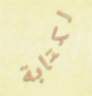
لكتابة